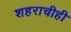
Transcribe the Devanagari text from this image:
शहराचीही